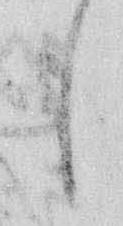
も